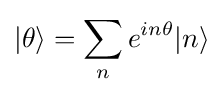
|\theta \rangle =\sum _{n}e^{in\theta }|n\rangle